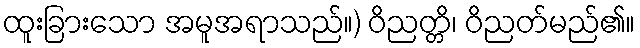
ထူးခြားသော အမူအရာသည်။) ဝိညတ္တိ၊ ဝိညတ်မည်၏။